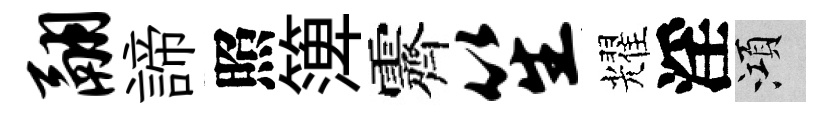
翮諦照𥱼霽笙耀淫澒